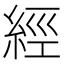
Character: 經